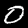
Label: 0